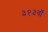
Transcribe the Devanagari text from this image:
३१३वॉ